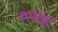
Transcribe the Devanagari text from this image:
रुम्माह